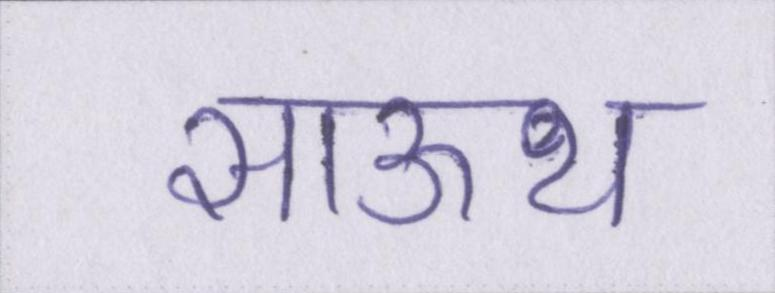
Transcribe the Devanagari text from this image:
साऊथ